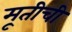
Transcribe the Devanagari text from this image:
मूतीची